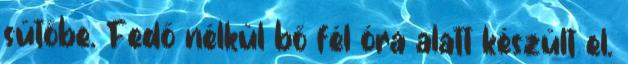
sütőbe. Fedő nélkül bő fél óra alatt készült el.